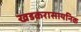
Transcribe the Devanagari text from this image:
खडकरासायनिक